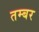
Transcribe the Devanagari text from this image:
तम्बर